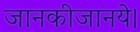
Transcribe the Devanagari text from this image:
जानकीजानये।